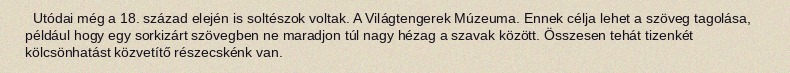
Utódai még a 18. század elején is soltészok voltak. A Világtengerek Múzeuma. Ennek célja lehet a szöveg tagolása, például hogy egy sorkizárt szövegben ne maradjon túl nagy hézag a szavak között. Összesen tehát tizenkét kölcsönhatást közvetítő részecskénk van.